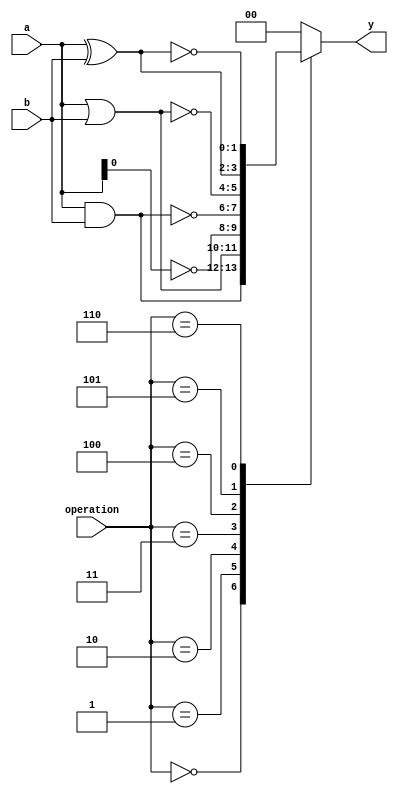
module covered_cell (
    input wire [1:0] a,          // 2-bit input
    input wire [1:0] b,          // 2-bit input
    input wire [2:0] operation,   // Control signal for operation selection
    output reg [1:0] y           // 2-bit output
);

    // Define the operation codes
    localparam AND_OP  = 3'b000;
    localparam OR_OP   = 3'b001;
    localparam NOT_OP  = 3'b010;   // Only applies to a[0]
    localparam NAND_OP = 3'b011;
    localparam NOR_OP  = 3'b100;
    localparam XOR_OP  = 3'b101;
    localparam XNOR_OP = 3'b110;

    // Combinational logic block
    always @(*) begin
        case (operation)
            AND_OP:  y = a & b;             // AND operation
            OR_OP:   y = a | b;             // OR operation
            NOT_OP:  y = ~a[0];             // NOT operation on a[0]
            NAND_OP: y = ~(a & b);          // NAND operation
            NOR_OP:  y = ~(a | b);          // NOR operation
            XOR_OP:  y = a ^ b;             // XOR operation
            XNOR_OP: y = ~(a ^ b);          // XNOR operation
            default: y = 2'b00;             // Default case
        endcase
    end

endmodule